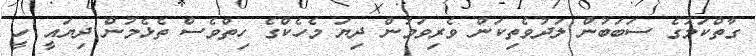
ގާތްކަމުގެ ސަބަބުން ލަދުވެތިކަން ވެރިވަމުން ދިޔަ މެހެކްގެ ހިތްވެސް ތެޅެމުން ދިޔައީ ހީ